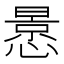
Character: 𭞳